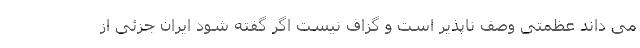
می داند عظمتی وصف ناپذیر است و گزاف نیست اگر گفته شود ایران جزئی از